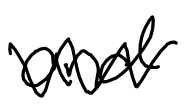
Text: and
Cross-out: mix
Writing tool: digital_black